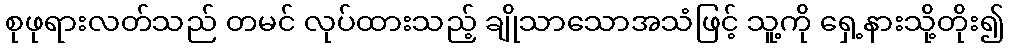
စုဖုရားလတ်သည် တမင် လုပ်ထားသည့် ချိုသာသောအသံဖြင့် သူ့ကို ရှေ့နားသို့တိုး၍